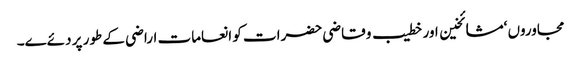
مجاوروں ‘مشائخین اور خطیب و قاضی حضرات کو انعامات اراضی کے طور پر دئےے۔